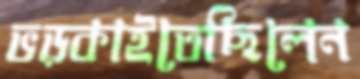
ভড়্‌কাইতেছিলেন